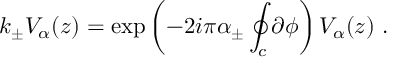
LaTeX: k _ { \pm } V _ { \alpha } ( z ) = \exp \left( - 2 i \pi \alpha _ { \pm } \oint _ { c } \partial \phi \right) V _ { \alpha } ( z ) ~ .